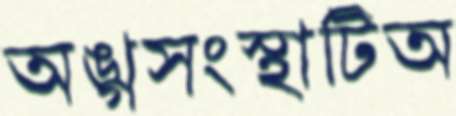
অঙ্গসংস্থাটিঅ